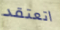
اتعتقد